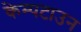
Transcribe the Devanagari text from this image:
केम्पटाउन